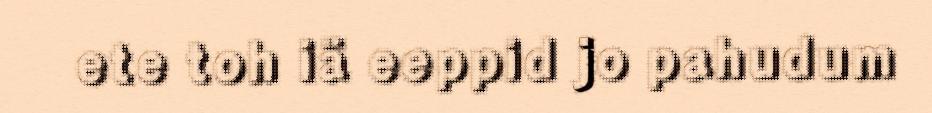
ete toh iä eeppid jo pahudum